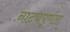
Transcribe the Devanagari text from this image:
नाट्यपूर्णता